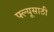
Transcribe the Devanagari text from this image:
फ्ल्यूसाठी